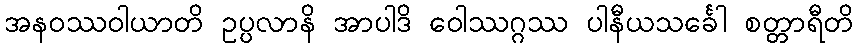
အနဝဿဝါယာတိ ဥပ္ပလာနိ အာပါဒိ ဝေါဿဂ္ဂဿ ပါနီယသင်္ခေါ စတ္တာရီတိ